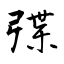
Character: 弽